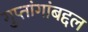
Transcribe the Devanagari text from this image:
गुप्तांगांबद्दल